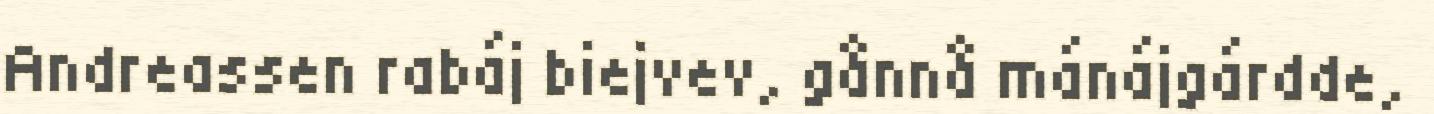
Andreassen rabáj biejvev, gånnå mánájgárdde,